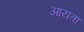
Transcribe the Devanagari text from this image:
आयता